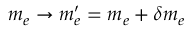
m _ { e } \to m _ { e } ^ { \prime } = m _ { e } + \delta m _ { e }